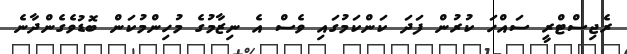
ރެޖިސްޓްރީ ސައްހަ ކުރުން ފަދަ ކަންކަމުގައި ވެސް އެ ނިޒާމުގެ މުހިންމުކަން ބޮޑުވެގެންދާނެ